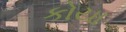
કોયા